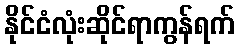
နိုင်ငံလုံးဆိုင်ရာကွန်ရက်